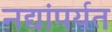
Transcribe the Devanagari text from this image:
नद्यांपर्यत